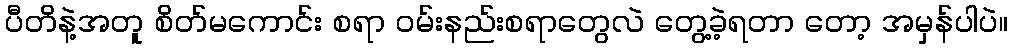
ပီတိနဲ့အတူ စိတ်မကောင်း စရာ ဝမ်းနည်းစရာတွေလဲ တွေ့ခဲ့ရတာ တော့ အမှန်ပါပဲ။